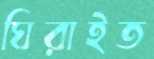
ঘিরাইত